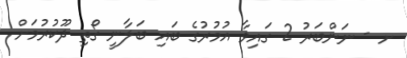
ށ - ނަންބަރު 2 ގައިވާ އުމުރުގެ ބައި ބަލާނީ ގޯތި ދޫކުރުމަށް